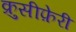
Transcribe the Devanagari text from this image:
क्रुसीफ़ेरी